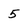
Character: 5